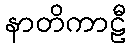
နာတိကာဠီ